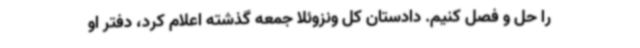
را حل و فصل کنیم. دادستان کل ونزوئلا جمعه گذشته اعلام کرد، دفتر او